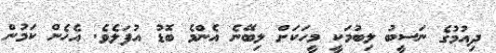
ދިއުމުގެ ނަސީބު ލިބުމަކީ މީހަކަށް ލިބޭނެ އެންމެ ބޮޑު އުފަލެވެ. އެހެން ކަމުން